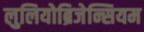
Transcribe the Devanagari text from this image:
लुलियोब्रिजेन्सियम